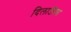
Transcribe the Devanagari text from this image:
दिलाऊॅगा